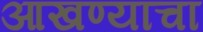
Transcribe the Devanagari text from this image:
आखण्याचा